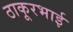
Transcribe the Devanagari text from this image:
ठाकूरभाई